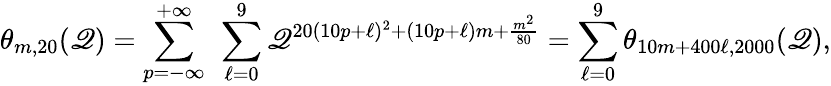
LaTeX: \theta_{m,20}(\mathscr{Q})=\sum_{p=-\infty}^{+\infty}~\sum_{\ell=0}^{9}\mathscr{Q}^{20(10p+\ell)^{2}+(10p+\ell)m+\frac{{m^{2}}}{{80}}}=\sum_{\ell=0}^{9}\theta_{10m+400\ell,2000}(\mathscr{Q}),